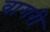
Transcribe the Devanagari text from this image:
वागरी